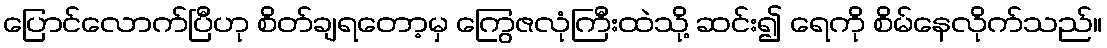
ပြောင်လောက်ပြီဟု စိတ်ချရတော့မှ ကြွေဇလုံကြီးထဲသို့ ဆင်း၍ ရေကို စိမ်နေလိုက်သည်။